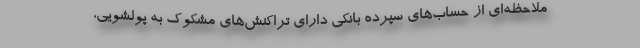
ملاحظه‌ای از حساب‌های سپرده بانکی دارای تراکنش‌های مشکوک به پولشویی،